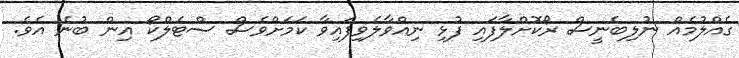
ގެއްލުމެއް ނުލިބެނީސް ރޯކޮށްލާފައި ފުޅި ނިއްވާލެވިފައިވާ ކަމަށްވެސް ސްޓެލްކޯ އިން ބުނެ އެވެ.